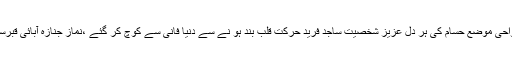
ملکہ (زاہد مصطفی اعوان ) نواحی موضع حسام کی ہر دل عزیز شخصیت ساجد فرید حرکت قلب بند ہو نے سے دنیا فانی سے کوچ کر گئے ،نماز جنازہ آبائی قبرستان حسام میں ادا کر دی گئی ۔